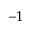
^ { - 1 }